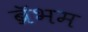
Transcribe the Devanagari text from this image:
ब्रॅभम